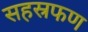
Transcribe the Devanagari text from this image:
सहस्रफण